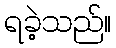
ရခဲ့သည်။